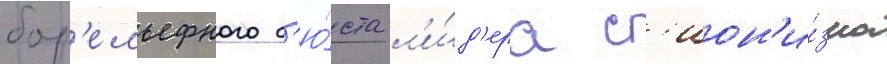
бар'ельефного б'ю́ста л'и́д'ера с'ион'и́зма